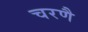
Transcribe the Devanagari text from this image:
चरणै